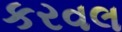
કરવલ